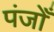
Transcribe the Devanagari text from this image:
पंजोँ